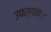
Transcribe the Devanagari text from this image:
उपस्थकः।